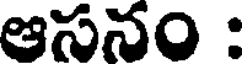
ఆసనం :